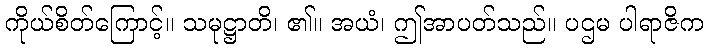
ကိုယ်စိတ်ကြောင့်။ သမုဋ္ဌာတိ၊ ၏။ အယံ၊ ဤအာပတ်သည်။ ပဌမ ပါရာဇိက